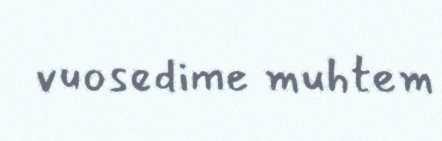
vuosedime muhtem